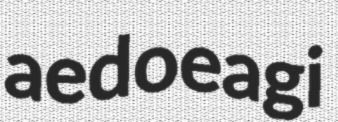
aedoeagi